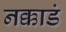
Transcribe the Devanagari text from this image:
नक्काडं